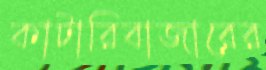
কাটারিবাজারের